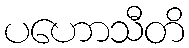
ပဟောသီတိ